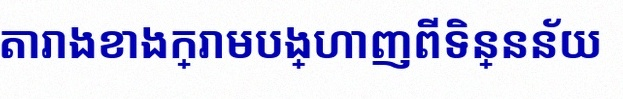
តារាងខាងក្រោមបង្ហាញពីទិន្នន័យ